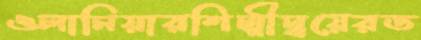
ওলানিয়ারশিল্পীদ্বয়েরড